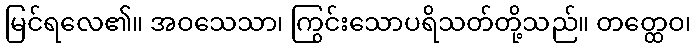
မြင်ရလေ၏။ အဝသေသာ၊ ကြွင်းသောပရိသတ်တို့သည်။ တတ္ထေဝ၊